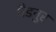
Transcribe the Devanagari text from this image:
बैडनुर